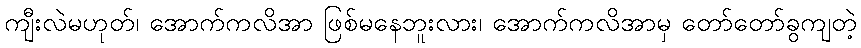
ကျီးလဲမဟုတ်၊ အောက်ကလိအာ ဖြစ်မနေဘူးလား၊ အောက်ကလိအာမှ တော်တော်ခွကျတဲ့